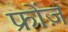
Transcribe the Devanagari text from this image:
फ्रोंज़